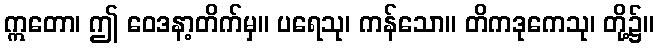
ဣတော၊ ဤ ဝေဒနာ့တိက်မှ။ ပရေသု၊ ကန်သော။ တိကဒုကေသု၊ တို့၌။